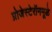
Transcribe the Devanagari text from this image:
प्रोजेस्टेरॉनमूळे